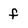
Character: f